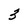
Character: 3